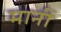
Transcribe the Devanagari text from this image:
मानीं